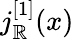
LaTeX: j_{\mathbb{R}}^{[1]}(x)